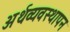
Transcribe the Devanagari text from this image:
अर्थव्यवस्थापन